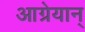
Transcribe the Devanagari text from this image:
आग्रेयान्